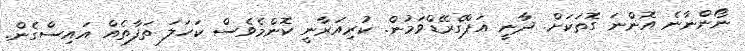
ނޯންނާނެ އޮންނަ ގޮތަކަށް. ދާނީ އަޕްގްރޭޑްވަމުން. ކުރިއަރާނީ ކޮންމެވެސް ކަހަލަ ތަފާތެއް އައިސްގެން.